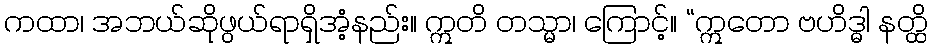
ကထာ၊ အဘယ်ဆိုဖွယ်ရာရှိအံ့နည်း။ ဣတိ တသ္မာ၊ ကြောင့်။ “ဣတော ဗဟိဒ္ဓါ နတ္ထိ